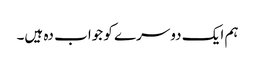
ہم ایک دوسرے کو جواب دہ ہیں۔